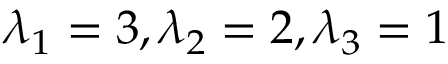
\lambda _ { 1 } = 3 , \lambda _ { 2 } = 2 , \lambda _ { 3 } = 1